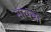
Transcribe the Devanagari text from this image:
सायन्ना